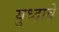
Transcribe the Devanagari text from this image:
युध्दाचे